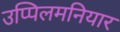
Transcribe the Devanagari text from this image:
उप्पिलमनियार